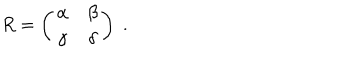
LaTeX: R = \left( \begin{array} { c c } { { \alpha } } & { { \beta } } \\ { { \gamma } } & { { \delta } } \\ \end{array} \right) \; .